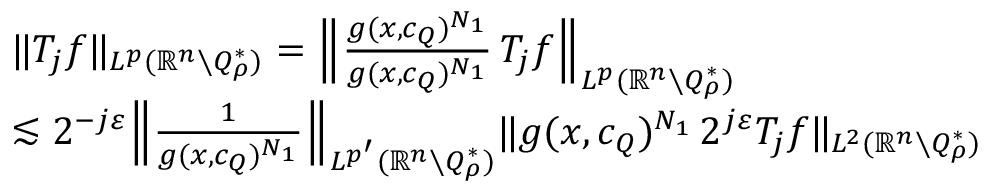
\begin{array} { r l } & { \| T _ { j } f \| _ { L ^ { p } ( \mathbb { R } ^ { n } \setminus Q _ { \rho } ^ { * } ) } = \Big \| \frac { g ( x , c _ { Q } ) ^ { N _ { 1 } } } { g ( x , c _ { Q } ) ^ { N _ { 1 } } } \, T _ { j } f \Big \| _ { L ^ { p } ( \mathbb { R } ^ { n } \setminus Q _ { \rho } ^ { * } ) } } \\ & { \lesssim 2 ^ { - j \varepsilon } \Big \| \frac { 1 } { g ( x , c _ { Q } ) ^ { N _ { 1 } } } \Big \| _ { L ^ { p ^ { \prime } } ( \mathbb { R } ^ { n } \setminus Q _ { \rho } ^ { * } ) } \| g ( x , c _ { Q } ) ^ { N _ { 1 } } \, 2 ^ { j \varepsilon } T _ { j } f \| _ { L ^ { 2 } ( \mathbb { R } ^ { n } \setminus Q _ { \rho } ^ { * } ) } } \end{array}